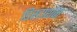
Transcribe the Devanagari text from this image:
डिस्टार्शन